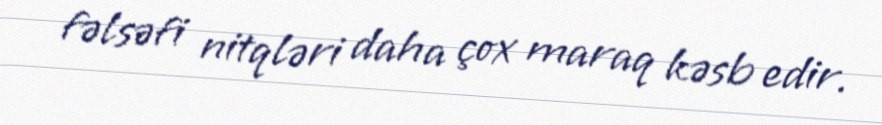
fəlsəfi nitqləri daha çox maraq kəsb edir.